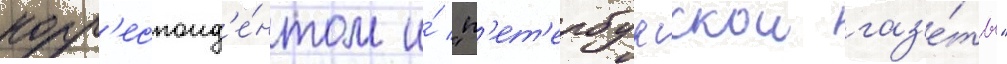
корр'еспонд'е́нтом и́ "п'ет'ербургскои газ'е́ты"